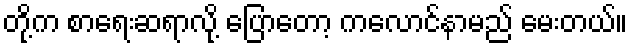
တို့က စာရေးဆရာလို့ ပြောတော့ ကလောင်နာမည် မေးတယ်။